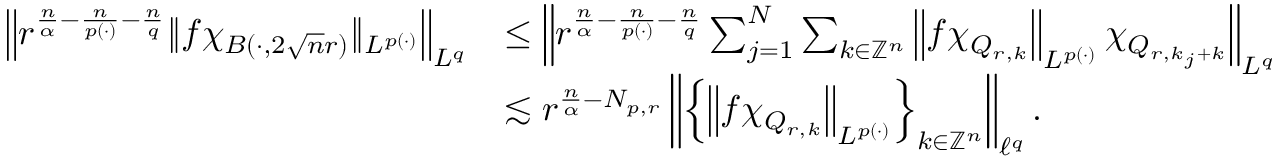
\begin{array} { r l } { \left\| r ^ { \frac { n } { \alpha } - \frac { n } { p ( \cdot ) } - \frac { n } { q } } \| f \chi _ { B ( \cdot , 2 \sqrt { n } r ) } \| _ { L ^ { p ( \cdot ) } } \right\| _ { L ^ { q } } } & { \le \left\| r ^ { \frac { n } { \alpha } - \frac { n } { p ( \cdot ) } - \frac { n } { q } } \sum _ { j = 1 } ^ { N } \sum _ { k \in \mathbb { Z } ^ { n } } \left\| f \chi _ { Q _ { r , k } } \right\| _ { L ^ { p ( \cdot ) } } \chi _ { Q _ { r , k _ { j } + k } } \right\| _ { L ^ { q } } } \\ & { \lesssim r ^ { \frac { n } { \alpha } - N _ { p , r } } \left\| \left\{ \left\| f \chi _ { Q _ { r , k } } \right\| _ { L ^ { p ( \cdot ) } } \right\} _ { k \in \mathbb { Z } ^ { n } } \right\| _ { \ell ^ { q } } . } \end{array}